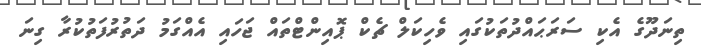
ތިނަދޫގެ އެކި ސަރަޙައްދުތަކުގައި ވެހިކަލް ޗެކް ޕޮއިންޓްތައް ޖަހައި އެއްގަމު ދަތުރުފަތުކުރާ ގިނަ